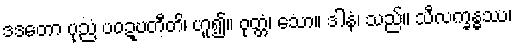
ဒဒတော ပုညံ ပဝဍ္ဎတီတိ၊ ဟူ၍။ ဝုတ္တံ၊ သော။ ဒါနံ၊ သည်။ သီလက္ခန္ဓဿ၊